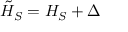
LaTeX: { \tilde { H } } _ { S } = H _ { S } + \Delta